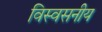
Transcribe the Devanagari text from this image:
विस्वसनीय